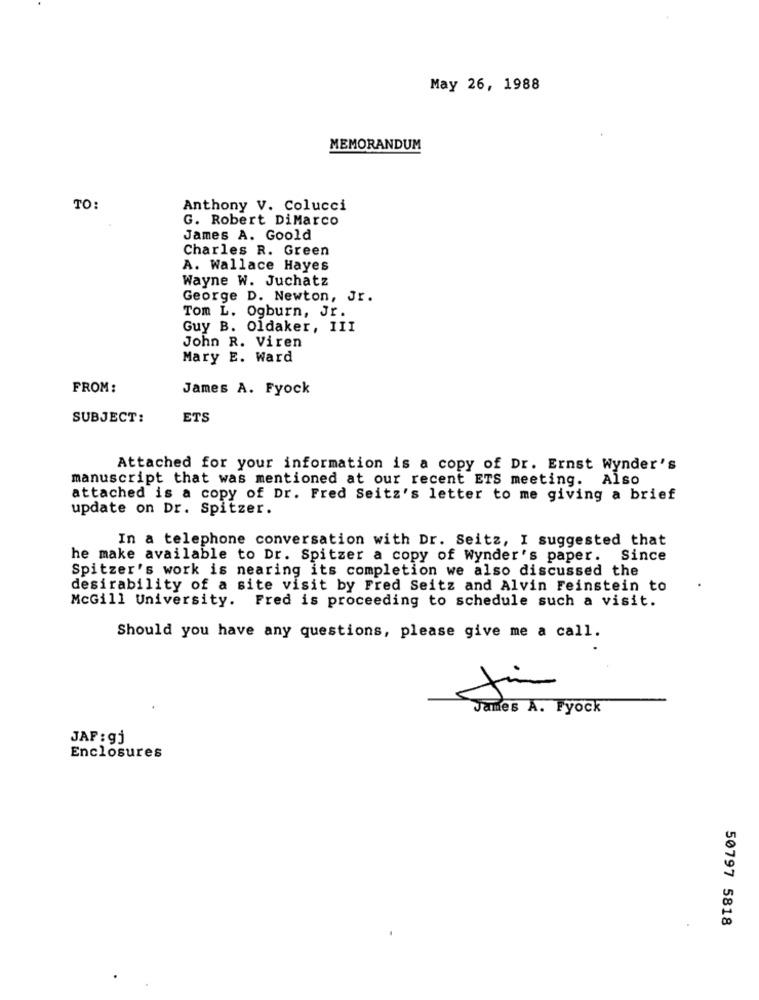
May 26, 1988
MEMORANDUM
TO:
Anthony V. Colucci
G. Robert DiMarco
James A. Goold
Charles R. Green
A. Wallace Hayes
Wayne W. Juchatz
George D. Newton, Jr.
Tom L. Ogburn, Jr.
Guy B. Oldaker, III
John R. Viren
Mary E. Ward
FROM:
James A. Fyock
SUBJECT:
ETS
Attached for your information is a copy of Dr. Ernst Wynder's
manuscript that was mentioned at our recent ETS meeting. Also
attached is a copy of Dr. Fred Seitz's letter to me giving a brief
update on Dr. Spitzer.
In a telephone conversation with Dr. Seitz, I suggested that
he make available to Dr. Spitzer a copy of Wynder's paper. Since
Spitzer's work is nearing its completion we also discussed the
desirability of a site visit by Fred Seitz and Alvin Feinstein to
McGill University. Fred is proceeding to schedule such a visit.
Should you have any questions, please give me a call.
James A. Fyock
JAP : gj
Enclosures
50797 5818